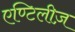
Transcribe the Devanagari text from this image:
एण्टिलीज़